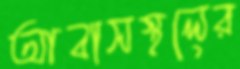
আবাসস্থলের